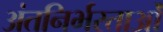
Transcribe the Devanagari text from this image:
अंतनिर्भरताओं